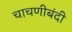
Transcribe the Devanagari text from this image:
चाचणीबंदी